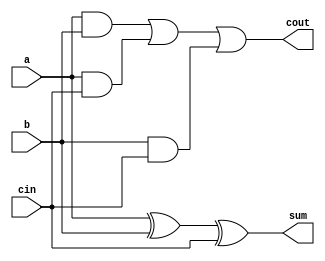
module full_adder (
	input		wire	a,
	input		wire	b,
	input		wire	cin,
	output	wire	sum,
	output	wire	cout
);

	assign sum = a^b^cin; //Sum
	assign cout = (a & b)|(a & cin)|(b & cin); //Carry out

endmodule